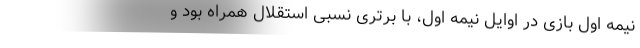
نیمه اول بازی در اوایل نیمه اول، با برتری نسبی استقلال همراه بود و